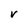
Character: V